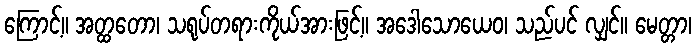
ကြောင့်။ အတ္ထတော၊ သရုပ်တရားကိုယ်အားဖြင့်။ အဒေါသောယေဝ၊ သည်ပင် လျှင်။ မေတ္တာ၊